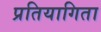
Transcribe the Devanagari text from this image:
प्रतियागिता